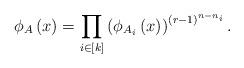
LaTeX: \begin{align*}\phi_{A}\left( x\right) =\prod\limits_{i\in\left[ k\right] }\left(\phi_{A_{i}}\left( x\right) \right) ^{\left( r-1\right) ^{n-n_{i}}}.\end{align*}